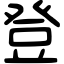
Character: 登